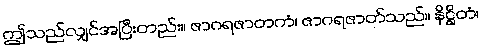
ဤသည်လျှင်အပြီးတည်း။ ဇာဂရဇာတကံ၊ ဇာဂရဇာတ်သည်။ နိဋ္ဌိတံ၊